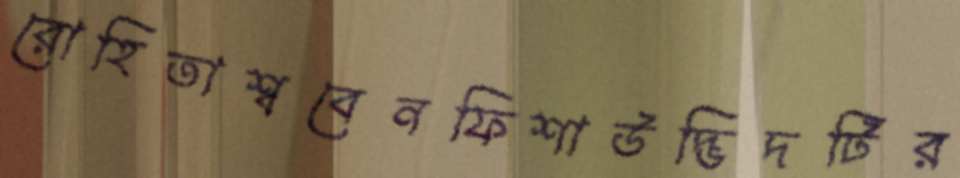
রোহিতাশ্ববেনফিশাউদ্ভিদটির